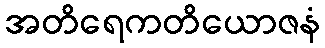
အတိရေကတိယောဇနံ